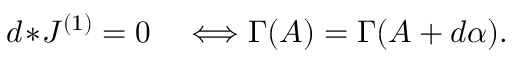
d \! \ast \! { \cal J } ^ { ( 1 ) } = 0 \quad \Longleftrightarrow \Gamma ( A ) = \Gamma ( A + d \alpha ) .